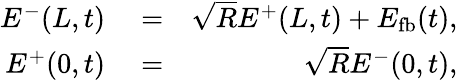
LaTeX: \begin{array}{rlr}{E^{-}(L,t)}&{{}=}&{\sqrt{R}E^{+}(L,t)+E_{\mathrm{fb}}(t),}\\ {E^{+}(0,t)}&{{}=}&{\sqrt{R}E^{-}(0,t),}\end{array}